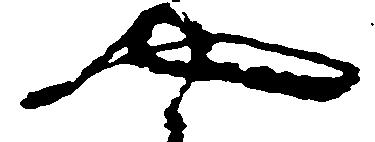
や